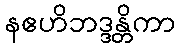
နဧဟိဘဒ္ဒန္တိကာ